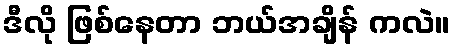
ဒီလို ဖြစ်နေတာ ဘယ်အချိန် ကလဲ။